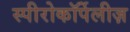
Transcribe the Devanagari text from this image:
स्पीरोकॉर्पेलीज़